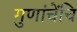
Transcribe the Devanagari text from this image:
गुणांचेंचि